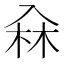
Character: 𠓭